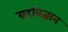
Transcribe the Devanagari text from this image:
ग्रहविज्ञान